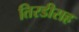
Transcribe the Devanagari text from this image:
तिरडीसह